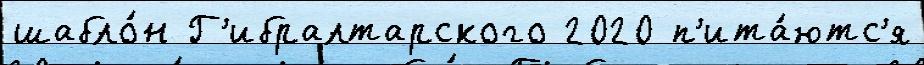
шабло́н Г'ибралтарского 2020 п'ита́ютс'я